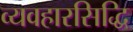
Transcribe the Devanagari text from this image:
व्यवहारसिद्धि